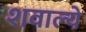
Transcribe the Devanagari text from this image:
शवाल्ये